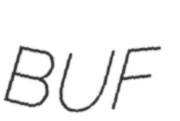
BUF